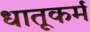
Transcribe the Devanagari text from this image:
धातूकर्म